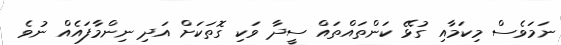
ނަމަވެސް މިކަމާއި ގުޅޭ ކަންތައްތައް ސީދާ ވަކި ގޮތަކަށް އަދި ނިންމާފައެއް ނުވެ